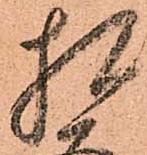
相